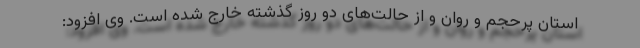
استان پرحجم و روان و از حالت‌های دو روز گذشته خارج شده است. وی افزود: